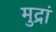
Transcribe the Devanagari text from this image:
मुद्रां